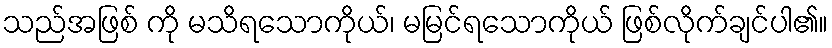
သည်အဖြစ် ကို မသိရသောကိုယ်၊ မမြင်ရသောကိုယ် ဖြစ်လိုက်ချင်ပါ၏။